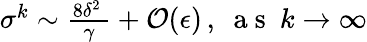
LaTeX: \begin{array}{r}{\sigma^{k}\sim\frac{8\delta^{2}\, }{\gamma}+\mathcal{O}(\epsilon)\, ,~\mathrm{~a~s~}~k\rightarrow\infty}\end{array}